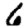
Digit: 6